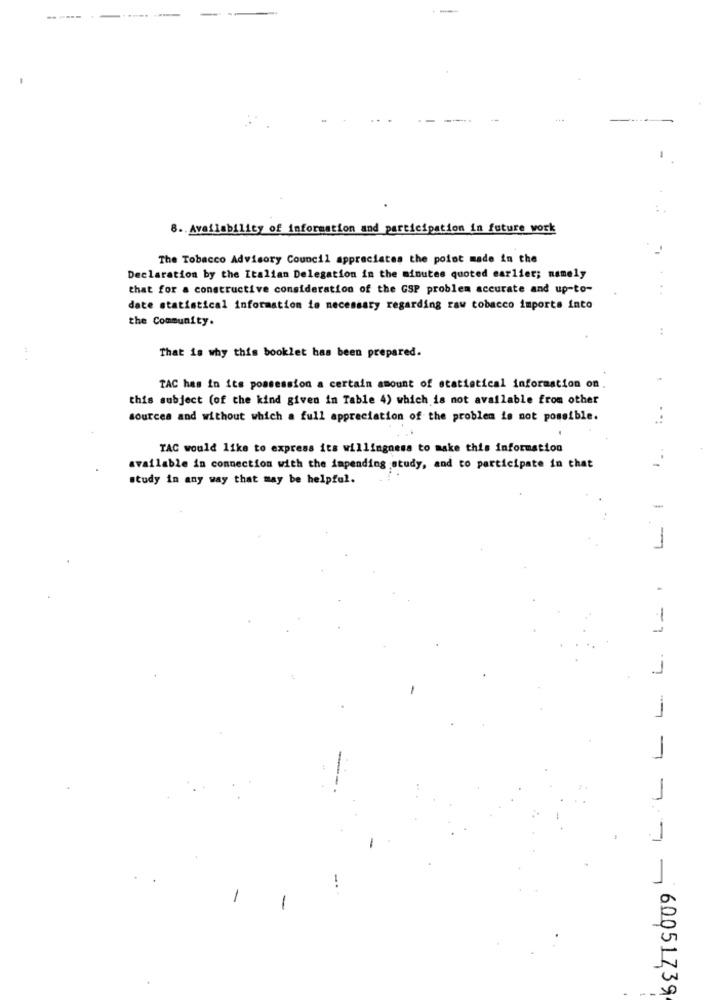
8. Availability of information and participation in future work
The Tobacco Advisory Council appreciates the point made in the
Declaration by the Italian Delegation in the minutes quoted earlier; namely
that for a constructive consideration of the GSP problem accurate and up-to-
date statistical information is necessary regarding raw tobacco importa into
the Community.
:
That is why this booklet has been prepared.
TAC has in its possession a certain amount of statistical information on
this subject (of the kind given in Table 4) which is not available from other
sources and without which a full appreciation of the problem is not possible.
...
TAC would like to express its willingness to make this information
available in connection with the impending study, and to participate in that
study in any way that may be helpful.
-
-
1777- 60051739